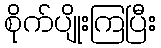
စိုက်ပျိုးကြပြီး